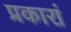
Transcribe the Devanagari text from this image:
प्रकारां